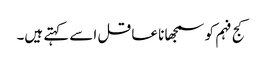
کج فہم کو سمجھا نا عاقل اسے کہتے ہیں۔